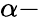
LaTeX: \alpha-